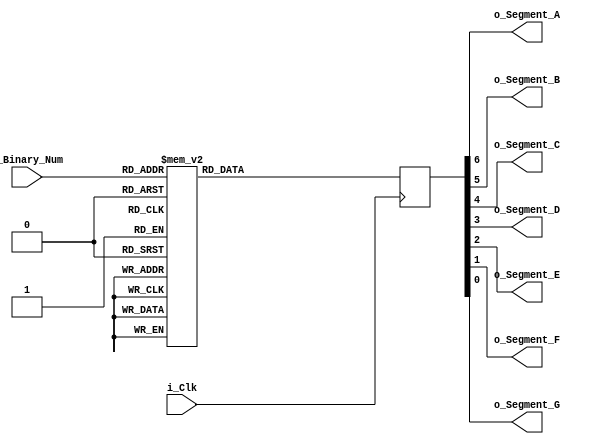
module Binary_to_7Segment (
	input i_Clk,
	input [3:0] i_Binary_Num,		// Liczba 4 bitowa, wejcie
	output o_Segment_A,
	output o_Segment_B,
	output o_Segment_C,
	output o_Segment_D,
	output o_Segment_E,
	output o_Segment_F,
	output o_Segment_G);
	
	reg [6:0] r_Hex_Encoding = 7'h00;		// 7 bitowy rejestr o wartosci 00
	
	always @(posedge i_Clk)
	begin
		case (i_Binary_Num)
			4'b0000: 	r_Hex_Encoding <= 7'h7E;	// 0111 1110 - 0
			4'b0001:	r_Hex_Encoding <= 7'h30;	// 0110 0000 - 1
			4'b0010:	r_Hex_Encoding <= 7'h6D;	// 0111 1001 - 2
			4'b0011:	r_Hex_Encoding <= 7'h79;	// 0011 0011 - 3
			4'b0100:	r_Hex_Encoding <= 7'h33;	// 0011 0011 - 4
			4'b0101:	r_Hex_Encoding <= 7'h5B;	// 0101 1011 - 5
			4'b0110:	r_Hex_Encoding <= 7'h5F;	// 0101 1111 - 6
			4'b0111:	r_Hex_Encoding <= 7'h70;	// 0111 0000 - 7
			4'b1000:	r_Hex_Encoding <= 7'h7F;	// 0111 1111 - 8
			4'b1001:	r_Hex_Encoding <= 7'h7B;	// 0111 1011 - 9
			4'b1010:	r_Hex_Encoding <= 7'h77;	// 0111 0111 - 10 - A
			4'b1011:	r_Hex_Encoding <= 7'h1F;	// 0001 1111 - 11 - B
			4'b1100:	r_Hex_Encoding <= 7'h4E;	// 0100 1110 - 12 - C
			4'b1101:	r_Hex_Encoding <= 7'h3D;	// 0011 1101 - 13 - D
			4'b1110:	r_Hex_Encoding <= 7'h4F;	// 0100 1111 - 14 - E
			4'b1111:	r_Hex_Encoding <= 7'h47;	// 0100 0111 - 15 - F
		endcase
	end // always @(posedge i_Clk)
	
	// r_Hex_Encoding[7] jest nieuztwany - bo potrzebujemy tylko 7 lini do wyswietlacza
	assign o_Segment_A = r_Hex_Encoding[6];
	assign o_Segment_B = r_Hex_Encoding[5];
	assign o_Segment_C = r_Hex_Encoding[4];
	assign o_Segment_D = r_Hex_Encoding[3];
	assign o_Segment_E = r_Hex_Encoding[2];
	assign o_Segment_F = r_Hex_Encoding[1];
	assign o_Segment_G = r_Hex_Encoding[0];
	
endmodule